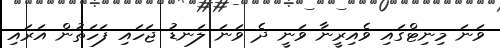
ވަނަ މިނިޓްގައި ވެއިރީނާ ވަނީ ދެ ވަނަ ލަނޑު ޖަހައި ފަހަތުން އަރައި